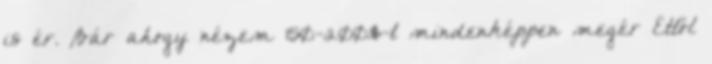
is ér. Bár ahogy nézem 150-200$-t mindenképpen megér Ettől